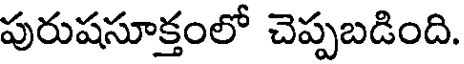
పురుషసూక్తంలో చెప్పబడింది.